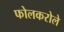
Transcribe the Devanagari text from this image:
फोलकरोले